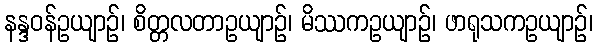
နန္ဒဝန်ဥယျာဉ်၊ စိတ္တလတာဥယျာဉ်၊ မိဿကဥယျာဉ်၊ ဖာရုသကဥယျာဉ်၊